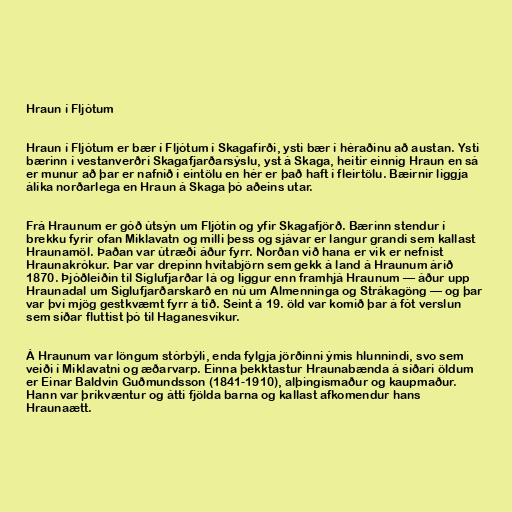
Hraun í Fljótum

Hraun í Fljótum er bær í Fljótum í Skagafirði, ysti bær í héraðinu að austan. Ysti
bærinn í vestanverðri Skagafjarðarsýslu, yst á Skaga, heitir einnig Hraun en sá
er munur að þar er nafnið í eintölu en hér er það haft í fleirtölu. Bæirnir liggja
álíka norðarlega en Hraun á Skaga þó aðeins utar.

Frá Hraunum er góð útsýn um Fljótin og yfir Skagafjörð. Bærinn stendur í
brekku fyrir ofan Miklavatn og milli þess og sjávar er langur grandi sem kallast
Hraunamöl. Þaðan var útræði áður fyrr. Norðan við hana er vik er nefnist
Hraunakrókur. Þar var drepinn hvítabjörn sem gekk á land á Hraunum árið
1870. Þjóðleiðin til Siglufjarðar lá og liggur enn framhjá Hraunum — áður upp
Hraunadal um Siglufjarðarskarð en nú um Almenninga og Strákagöng — og þar
var því mjög gestkvæmt fyrr á tíð. Seint á 19. öld var komið þar á fót verslun
sem síðar fluttist þó til Haganesvíkur.

Á Hraunum var löngum stórbýli, enda fylgja jörðinni ýmis hlunnindi, svo sem
veiði í Miklavatni og æðarvarp. Einna þekktastur Hraunabænda á síðari öldum
er Einar Baldvin Guðmundsson (1841-1910), alþingismaður og kaupmaður.
Hann var þríkvæntur og átti fjölda barna og kallast afkomendur hans
Hraunaætt.